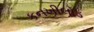
કનખીલોડ